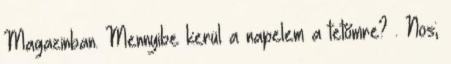
Magazinban. Mennyibe kerül a napelem a tetőmre? . Nos;